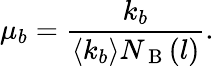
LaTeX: \mu_{b}=\frac{k_{b}}{\langle k_{b}\rangle N_{\mathrm{~B~}}(l)}.